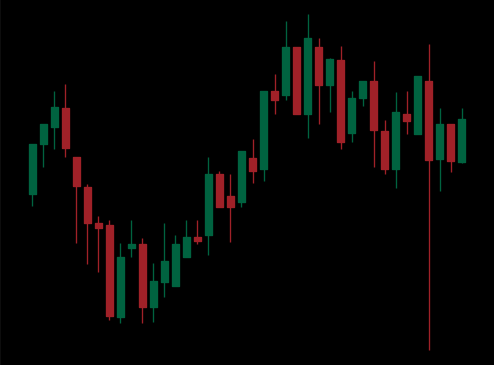
Pattern: unclassified